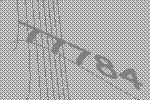
77784